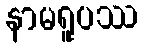
နာမရူပဿ